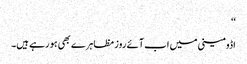
‘‘
اڈومینی میں اب آئے روز مظاہرے بھی ہو رہے ہیں۔